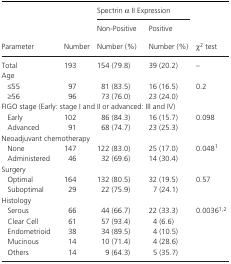
<table><thead><tr><td rowspan="3"><b>Parameter</b></td><td rowspan="3"><b>Number</b></td><td colspan="2"><b>Spectrin <i>α</i> II Expression</b></td><td rowspan="3"><b><i>χ</i><sup>2</sup> test</b></td></tr><tr><td><b>Non‐Positive</b></td><td><b>Positive</b></td></tr><tr><td><b>Number (%)</b></td><td><b>Number (%)</b></td></tr></thead><tbody><tr><td>Total</td><td>193</td><td>154 (79.8)</td><td>39 (20.2)</td><td>–</td></tr><tr><td colspan="5">Age</td></tr><tr><td>≤55</td><td>97</td><td>81 (83.5)</td><td>16 (16.5)</td><td rowspan="2">0.2</td></tr><tr><td>≥56</td><td>96</td><td>73 (76.0)</td><td>23 (24.0)</td></tr><tr><td colspan="5">FIGO stage (Early: stage I and II or advanced: III and IV)</td></tr><tr><td>Early</td><td>102</td><td>86 (84.3)</td><td>16 (15.7)</td><td rowspan="2">0.098</td></tr><tr><td>Advanced</td><td>91</td><td>68 (74.7)</td><td>23 (25.3)</td></tr><tr><td colspan="5">Neoadjuvant chemotherapy</td></tr><tr><td>None</td><td>147</td><td>122 (83.0)</td><td>25 (17.0)</td><td rowspan="2">0.048a</td></tr><tr><td>Administered</td><td>46</td><td>32 (69.6)</td><td>14 (30.4)</td></tr><tr><td colspan="5">Surgery</td></tr><tr><td>Optimal</td><td>164</td><td>132 (80.5)</td><td>32 (19.5)</td><td rowspan="2">0.57</td></tr><tr><td>Suboptimal</td><td>29</td><td>22 (75.9)</td><td>7 (24.1)</td></tr><tr><td colspan="5">Histology</td></tr><tr><td>Serous</td><td>66</td><td>44 (66.7)</td><td>22 (33.3)</td><td rowspan="5">0.0036a,b</td></tr><tr><td>Clear Cell</td><td>61</td><td>57 (93.4)</td><td>4 (6.6)</td></tr><tr><td>Endometrioid</td><td>38</td><td>34 (89.5)</td><td>4 (10.5)</td></tr><tr><td>Mucinous</td><td>14</td><td>10 (71.4)</td><td>4 (28.6)</td></tr><tr><td>Others</td><td>14</td><td>9 (64.3)</td><td>5 (35.7)</td></tr></tbody></table>